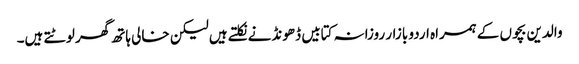
والدین بچوں کے ہمراہ اردو بازار روزانہ کتابیں ڈھونڈنے نکلتے ہیں لیکن خالی ہاتھ گھر لوٹتے ہیں۔